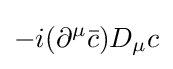
-i(\partial ^{\mu }{\bar {c}})D_{\mu }c